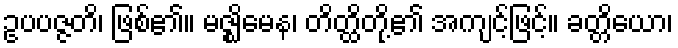
ဥပပဇ္ဇတိ၊ ဖြစ်၏။ မဇ္ဈိမေန၊ တိတ္ထိတို့၏ အကျင့်ဖြင့်။ ခတ္တိယော၊